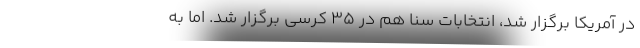
در آمریکا برگزار شد، انتخابات سنا هم در 35 کرسی برگزار شد. اما به